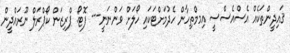
ޤައިދީންތަކެއް އެސްއެސްސީ އިމމްތިހާން ހެދުމަށްޓަކައި ހޯލަށް ވަންނަނީ--- ފޮޓޯ: ޕްރިޒަން ކޯޕްރަލް ނޫރައްދީން